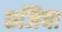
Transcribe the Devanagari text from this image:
छजिया